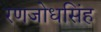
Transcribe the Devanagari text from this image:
रणजोधसिंह